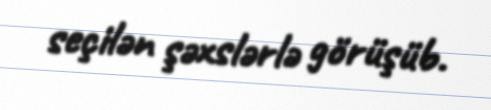
seçilən şəxslərlə görüşüb.